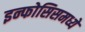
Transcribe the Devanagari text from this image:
इन्फोसिसमध्ये